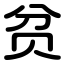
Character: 贫